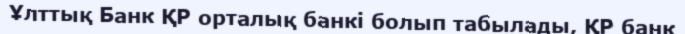
Ұлттық Банк ҚР орталық банкі болып табылады, ҚР банк